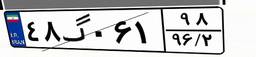
۲۷گ۷۱۹۲۱